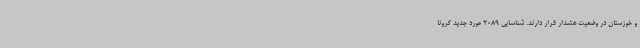
و خوزستان در وضعیت هشدار قرار دارند. شناسایی 2089 مورد جدید کرونا